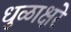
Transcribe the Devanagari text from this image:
धुळाक्षरे